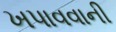
ખપાવવાની